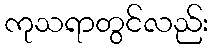
ကုသရာတွင်လည်း